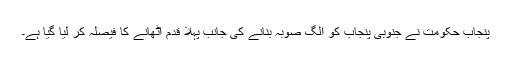
پنجاب حکومت نے جنوبی پنجاب کو الگ صوبہ بنانے کی جانب پہلا قدم اٹھانے کا فیصلہ کر لیا گیا ہے۔